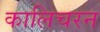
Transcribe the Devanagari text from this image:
कालिचरन